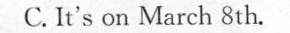
C.It's on March 8th.